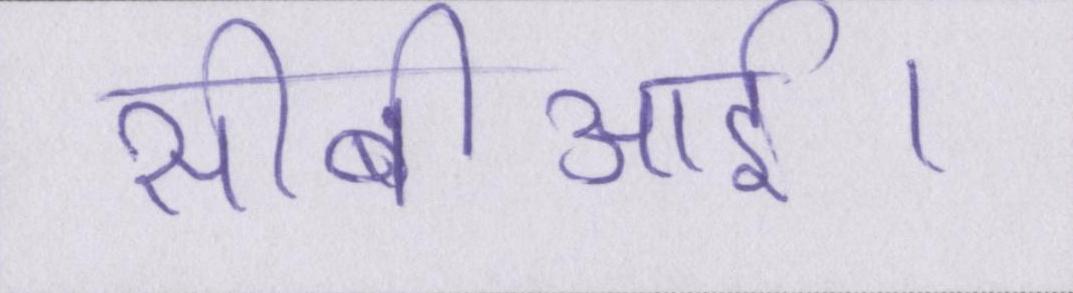
सीबीआई।